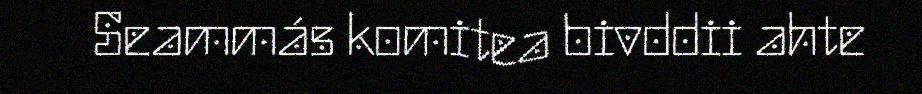
Seammás komitea bivddii ahte